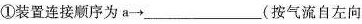
①装置连接顺序为a→___(按气流自左向